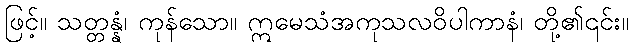
ဖြင့်။ သတ္တန္နံ၊ ကုန်သော။ ဣမေသံအကုသလဝိပါကာနံ၊ တို့၏၎င်း။